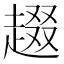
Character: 䞵